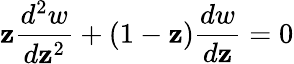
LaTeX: \mathbf{z}{\frac{{d^{2}w}}{{d\mathbf{z}^{2}}}}+(1-\mathbf{z}){\frac{{dw}}{{d\mathbf{z}}}}=0